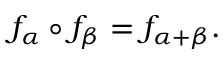
f _ { \alpha } \circ f _ { \beta } = f _ { \alpha + \beta } .